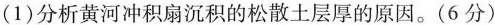
(1)分析黄河冲积扇沉积的松散土层厚的原因。(6分)